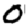
Digit: 0